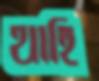
থাহি